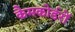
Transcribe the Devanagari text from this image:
कैमकोर्डरों